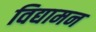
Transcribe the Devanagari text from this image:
विद्यामन